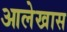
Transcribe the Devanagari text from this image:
आलेखास